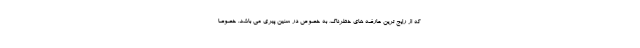
که از رایج ترین عارضه های خطرناک، به خصوص در سنین پیری می باشد. خصوصاً